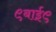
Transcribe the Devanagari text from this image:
९बाई९